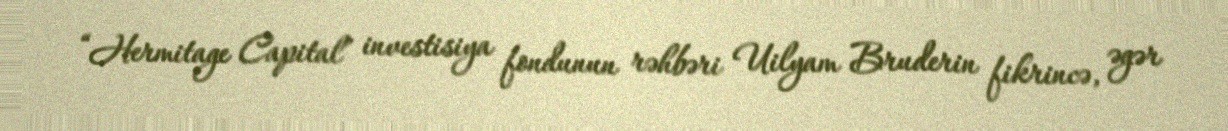
“Hermitage Capital” investisiya fondunun rəhbəri Uilyam Bruderin fikrincə, əgər